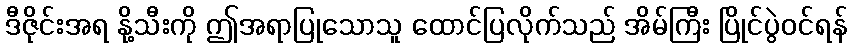
ဒီဇိုင်းအရ နို့သီးကို ဤအရာပြုသောသူ ထောင်ပြလိုက်သည် အိမ်ကြီး ပြိုင်ပွဲဝင်ရန်